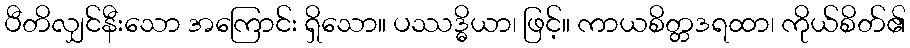
ပီတိလျှင်နီးသော အကြောင်း ရှိသော။ ပဿဒ္ဓိယာ၊ ဖြင့်။ ကာယစိတ္တဒရထာ၊ ကိုယ်စိတ်၏